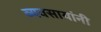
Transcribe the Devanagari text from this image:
व्यवसायांनी